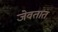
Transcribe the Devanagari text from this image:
जेवतात